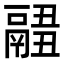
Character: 𩱂